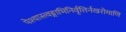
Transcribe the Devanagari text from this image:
पेश्यास्त्वङ्गाभिनिर्वृत्तिर्नखरोमाणि